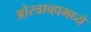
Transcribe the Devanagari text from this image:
ओस्त्राव्हामध्ये